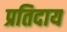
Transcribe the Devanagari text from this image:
प्रतिदाय